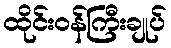
ထိုင်းဝန်ကြီးချုပ်